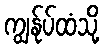
ကျွန်ုပ်ထံသို့